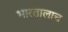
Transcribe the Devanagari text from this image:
भारतालाच